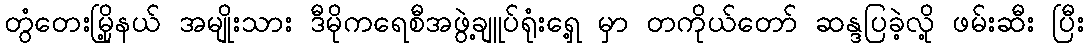
တွံတေးမြို့နယ် အမျိုးသား ဒီမိုကရေစီအဖွဲ့ချူပ်ရုံးရှေ့ မှာ တကိုယ်တော် ဆန္ဒပြခဲ့လို့ ဖမ်းဆီး ပြီး